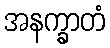
အနက္ခာတံ